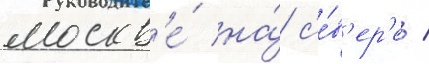
москв'е́ на́ с'е́в'ер'е /